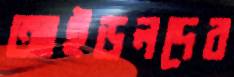
আইডলদের